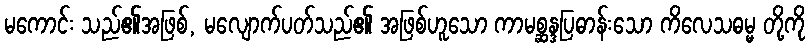
မကောင်း သည်၏အဖြစ်, မလျောက်ပတ်သည်၏ အဖြစ်ဟူသော ကာမစ္ဆန္ဒပြဓာန်းသော ကိလေသဓမ္မ တို့ကို